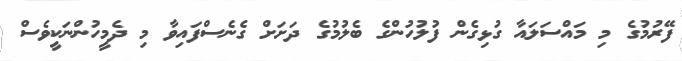
ފޭރުމުގެ މި މައްސަލައާ ގުޅިގެން ފުލުހުންގެ ބެލުމުގެ ދަށަށް ގެނެސްފައިވާ މި ދެމީހުންނަކީވެސް